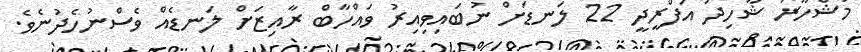
މަޝްހޫރު ޝާހިދު އަފްރީދީ 22 ލަނޑަށް ނުބައިވިއިރު ވައްހާބް ރާއިޒަށް ލަނޑެއް ވެސްނުހެދުނެވެ.